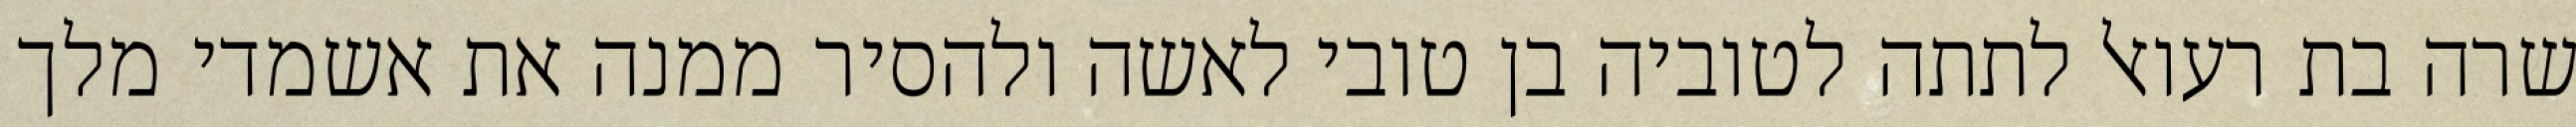
שרה בת רעואל לתתה לטוביה בן טובי לאשה ולהסיר ממנה את אשמדי מלך